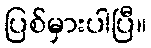
ပြစ်မှားပါပြီ။